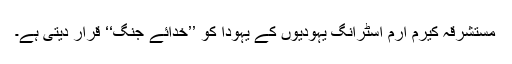
مستشرقہ کیرم آرم اسٹرانگ یہودیوں کے یہودا کو ’’خدائے جنگ‘‘ قرار دیتی ہے۔